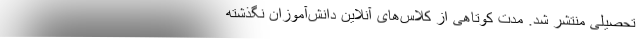
تحصیلی منتشر شد. مدت کوتاهی از کلاس‌های آنلاین دانش‌آموزان نگذشته